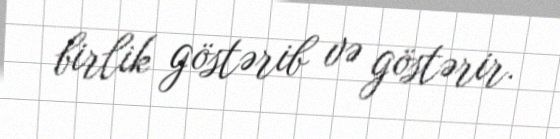
birlik göstərib və göstərir.